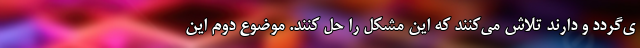
ی‌گردد و دارند تلاش می‌کنند که این مشکل را حل کنند. موضوع دوم این